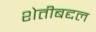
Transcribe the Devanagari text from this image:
शेतीबद्दल